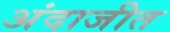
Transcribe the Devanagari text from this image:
अंदाजीत